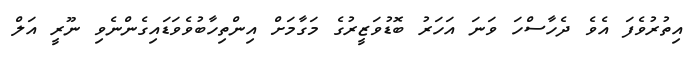
އިތުރުވެފަ އެވެ ދެހާސްހަ ވަނަ އަހަރު ބޮޑުވަޒީރުގެ މަގާމަށް އިންތިހާބުވެވަޑައިގެންނެވި ނޫރީ އަލް